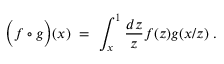
\Bigl ( f \circ g \Bigr ) ( x ) \ = \ \int _ { x } ^ { 1 } { \frac { d z } { z } } f ( z ) g ( x / z ) \ .